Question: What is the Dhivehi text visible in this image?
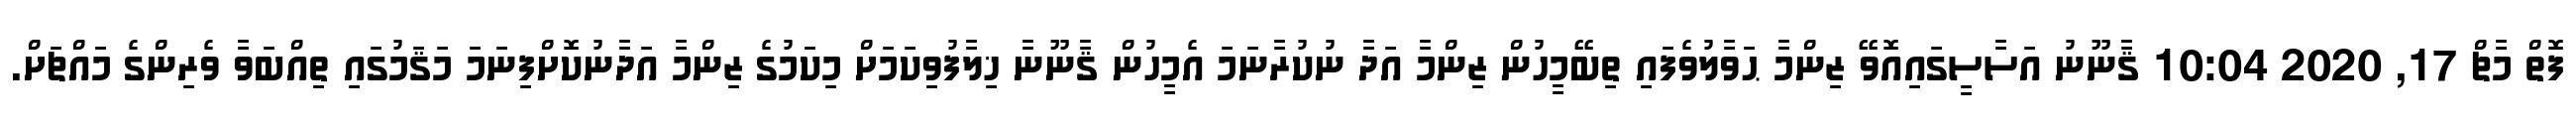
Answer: ފޮތް މާޗް 17, 2020 10:04 ޤާނޫނު އަސާސީގައިއޮވޭ ޒިންމާ ޙަވާލުވެފައި ތިބޭމީހުން ޒިންމާ އަދާ ނުކުރާނަމަ އެމީހުން ޤާނޫނާ ޚިލާފުވިކަމަށް މިކަމުގެ ޒިންމާ އަދާނުކޮށްފިނަމަ މަޤަމުގައި ތިއްބަވާ ވެރިންގެ މައްޗަށް.